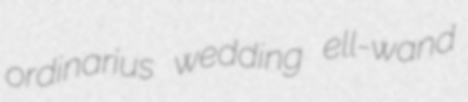
ordinarius wedding ell-wand